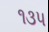
૧૩૫